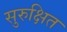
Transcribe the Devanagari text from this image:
सुरुक्षित